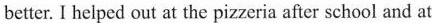
better. I helped out at the pizzeria after school and at